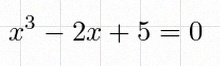
x^3-2x+5=0